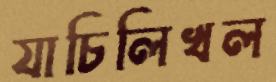
যাচিলিখল